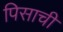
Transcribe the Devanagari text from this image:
पिसाची